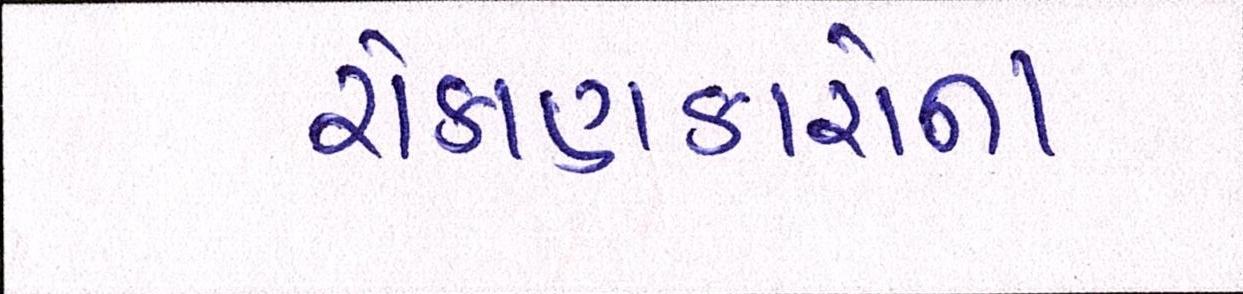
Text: રોકાણકારોના